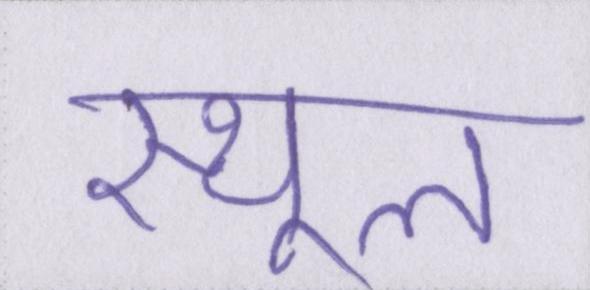
स्थूल